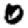
Digit: 0